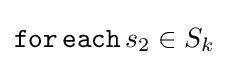
{\mathtt {for\,each}}\,s_{2}\in S_{k}